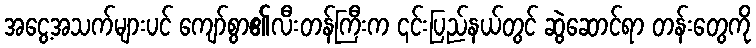
အငွေ့အသက်များပင် ကျော်စွာ၏လီးတန်ကြီးက ၎င်းပြည်နယ်တွင် ဆွဲဆောင်ရာ တန်းတွေကို